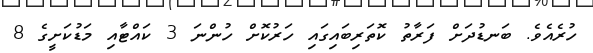
ހުރެއެވެ. ބަނޑުދަށް ފަރާތު ކޮތަރިބައިގައި ހަރުކޮށް ހުންނަ 3 ކައްޓާއި މަޑުކަށީގެ 8